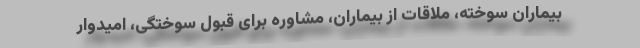
بیماران سوخته، ملاقات از بیماران، مشاوره برای قبول سوختگی، امیدوار